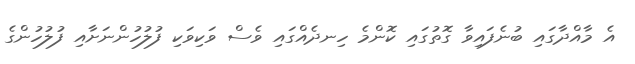
އެ މާއްދާގައި ބުނެފައިވާ ގޮތުގައި ކޮންމެ ހިނދެއްގައި ވެސް ވަކިވަކި ފުލުހުންނަށާއި ފުލުހުންގެ